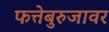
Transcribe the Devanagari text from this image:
फत्तेबुरुजावर